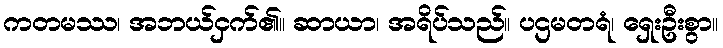
ကတမဿ၊ အဘယ်ငှက်၏။ ဆာယာ၊ အရိပ်သည်။ ပဌမတရံ၊ ရှေးဦးစွာ။